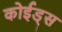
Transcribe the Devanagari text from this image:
कोईड्स